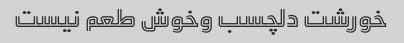
خورشت دلچسب وخوش طعم نیست